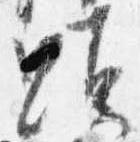
顕